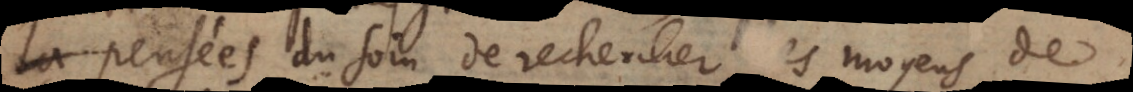
pensées du soin de rechercher les moyens de